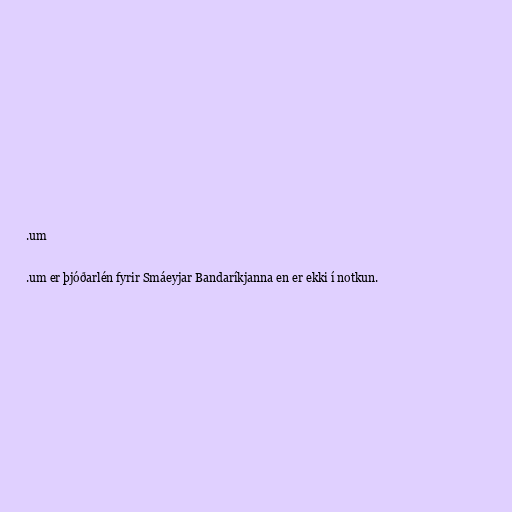
.um

.um er þjóðarlén fyrir Smáeyjar Bandaríkjanna en er ekki í notkun.